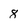
Character: 8